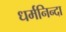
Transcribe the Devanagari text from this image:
धर्मनिन्दा